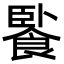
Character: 䭆